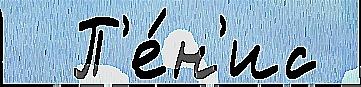
  П'е́н'ис